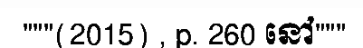
"""(2015) , p. 260 នៅ"""